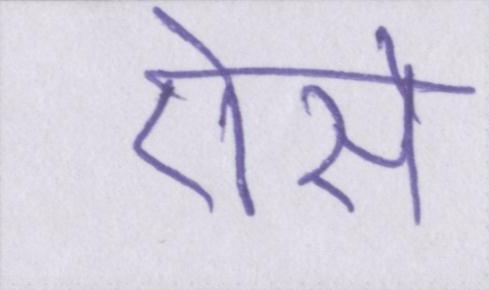
ऐसे